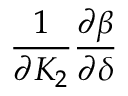
\frac { 1 } { \partial { K _ { 2 } } } \frac { \partial { \beta } } { \partial \delta }